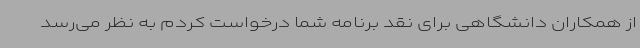
از همکاران دانشگاهی برای نقد برنامه شما درخواست کردم به نظر می‌رسد